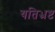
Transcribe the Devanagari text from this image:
यतिभ्रष्ट